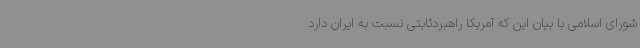
شورای اسلامی با بیان این که آمریکا راهبردثابتی نسبت به ایران دارد